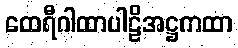
ထေရီဂါထာပါဠိအဋ္ဌကထာ